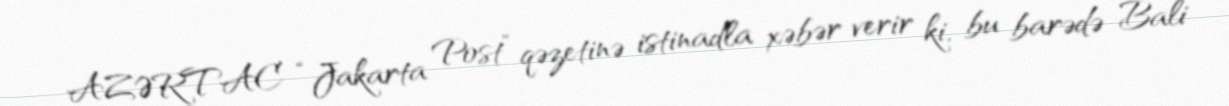
AZƏRTAC “Jakarta Post” qəzetinə istinadla xəbər verir ki, bu barədə Bali